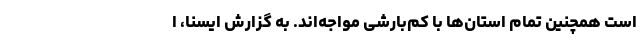
است همچنین تمام استان‌ها با کم‌بارشی مواجه‌اند. به گزارش ایسنا، ا